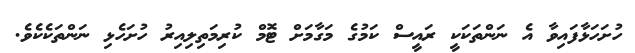
ހުށަހަޅާފައިވާ އެ ނަންތަކަކީ ރައީސް ކަމުގެ މަގާމަށް ޓޮމް ކުރިމަތިލިއިރު ހުށަހެޅި ނަންތަކެކެވެ.